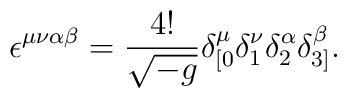
\epsilon ^{\mu \nu \alpha \beta }=\frac{4!}{\sqrt{-g}}\delta _{[0}^\mu\delta _1^\nu \delta _2^\alpha \delta _{3]}^\beta .